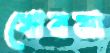
খোরমা